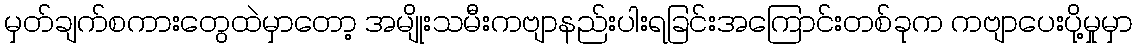
မှတ်ချက်စကားတွေထဲမှာတော့ အမျိုးသမီးကဗျာနည်းပါးရခြင်းအကြောင်းတစ်ခုက ကဗျာပေးပို့မှုမှာ